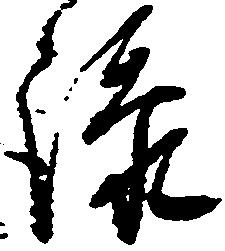
添